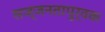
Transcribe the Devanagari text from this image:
सज्जनतापुर्वक